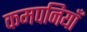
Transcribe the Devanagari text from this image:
कमपनियाँ